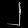
Digit: ၂